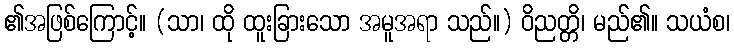
၏အဖြစ်ကြောင့်။ (သာ၊ ထို ထူးခြားသော အမူအရာ သည်။) ဝိညတ္တိ၊ မည်၏။ သယံစ၊